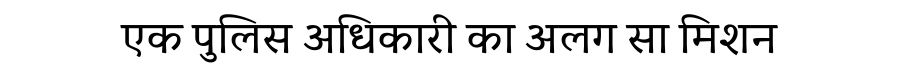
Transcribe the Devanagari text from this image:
एक पुलिस अधिकारी का अलग सा मिशन